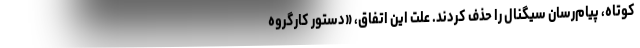
کوتاه، پیام‌رسان سیگنال را حذف کردند. علت این اتفاق، «دستور کارگروه